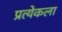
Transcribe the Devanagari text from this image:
प्रत्येकला